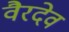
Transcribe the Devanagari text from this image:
वैरदेव